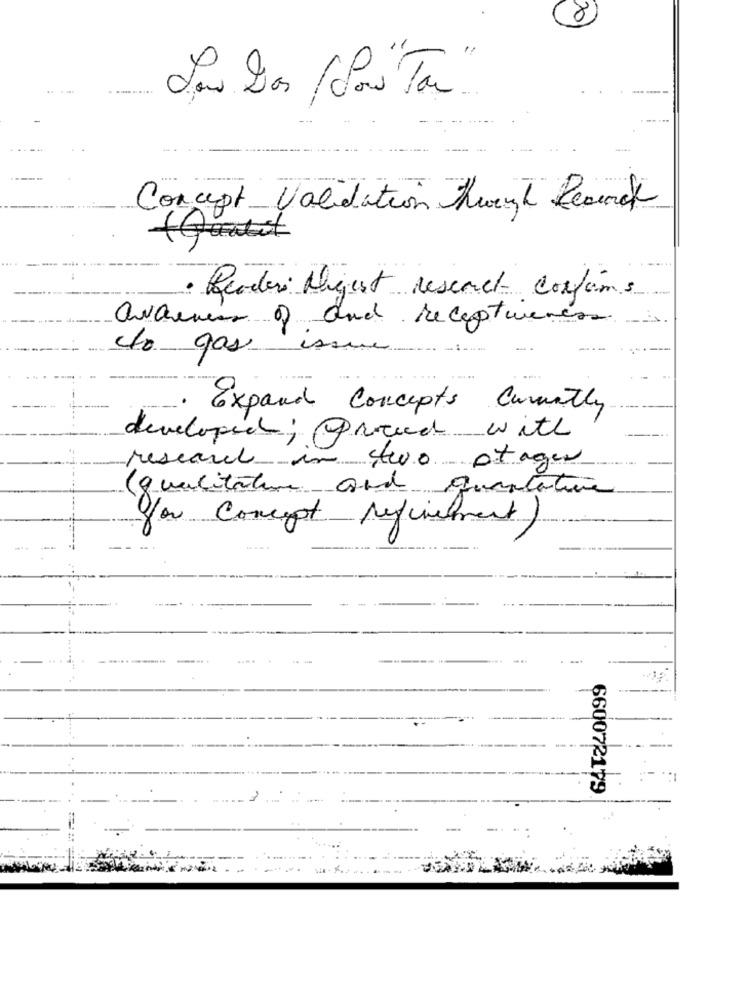
(8)
.. ...
Concept_ Validation twink Reach
· Readers Digest research Corfans
awareness of and receptueres
to gas issue
....
Expand Concepts
Currently
developed; Proceed with
researel.
two otager
(qualitative and quantative
you Concept refinement)
--
660072179